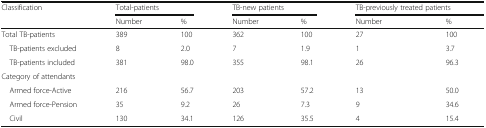
<table><thead><tr><td rowspan="2"><b>Classification</b></td><td colspan="2"><b>Total-patients</b></td><td colspan="2"><b>TB-new patients</b></td><td colspan="2"><b>TB-previously treated patients</b></td></tr><tr><td><b>Number</b></td><td><b>%</b></td><td><b>Number</b></td><td><b>%</b></td><td><b>Number</b></td><td><b>%</b></td></tr></thead><tbody><tr><td>Total TB-patients</td><td>389</td><td>100</td><td>362</td><td>100</td><td>27</td><td>100</td></tr><tr><td> TB-patients excluded</td><td>8</td><td>2.0</td><td>7</td><td>1.9</td><td>1</td><td>3.7</td></tr><tr><td> TB-patients included</td><td>381</td><td>98.0</td><td>355</td><td>98.1</td><td>26</td><td>96.3</td></tr><tr><td colspan="7">Category of attendants</td></tr><tr><td> Armed force-Active</td><td>216</td><td>56.7</td><td>203</td><td>57.2</td><td>13</td><td>50.0</td></tr><tr><td> Armed force-Pension</td><td>35</td><td>9.2</td><td>26</td><td>7.3</td><td>9</td><td>34.6</td></tr><tr><td> Civil</td><td>130</td><td>34.1</td><td>126</td><td>35.5</td><td>4</td><td>15.4</td></tr></tbody></table>